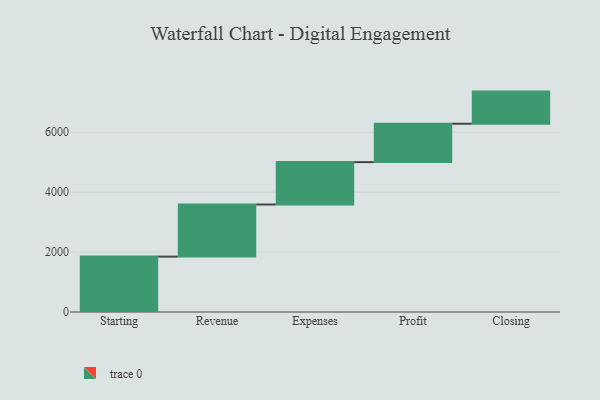
{"axis": {"x": "Step", "y": "Value"}, "legend": [""], "data": [{"x": "Starting", "y": 1849.0, "type": ""}, {"x": "Revenue", "y": 1739.0, "type": ""}, {"x": "Expenses", "y": 1415.0, "type": ""}, {"x": "Profit", "y": 1281.0, "type": ""}, {"x": "Closing", "y": 1073.0, "type": ""}]}